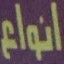
انواع